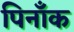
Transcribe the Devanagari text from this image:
पिनाँक